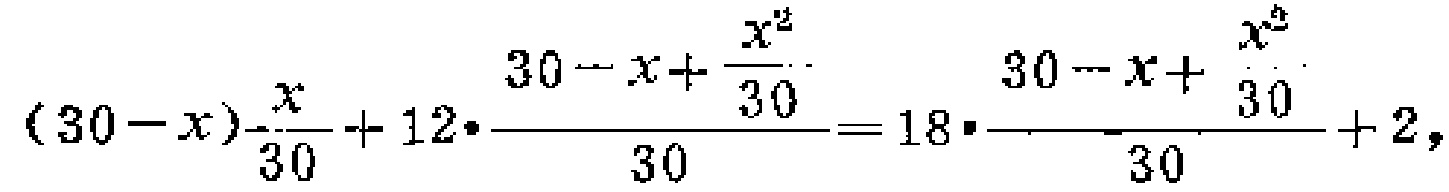
\((30 - x)-\frac{x}{30}+12\cdot\frac{30 - x+\frac{x^{2}}{30}}{30}=18\cdot\frac{30 - x+\frac{x^{2}}{30}}{30}+2\)